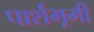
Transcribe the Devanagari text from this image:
पार्शभूमी